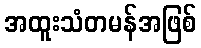
အထူးသံတမန်အဖြစ်